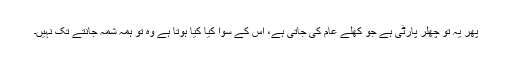
پھر یہ تو چھلر پارٹی ہے جو کھلے عام کی جاتی ہے، اس کے سوا کیا کیا ہوتا ہے وہ تو ہمہ شمہ جانتے تک نہیں۔